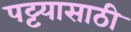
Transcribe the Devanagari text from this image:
पट्टयासाठी